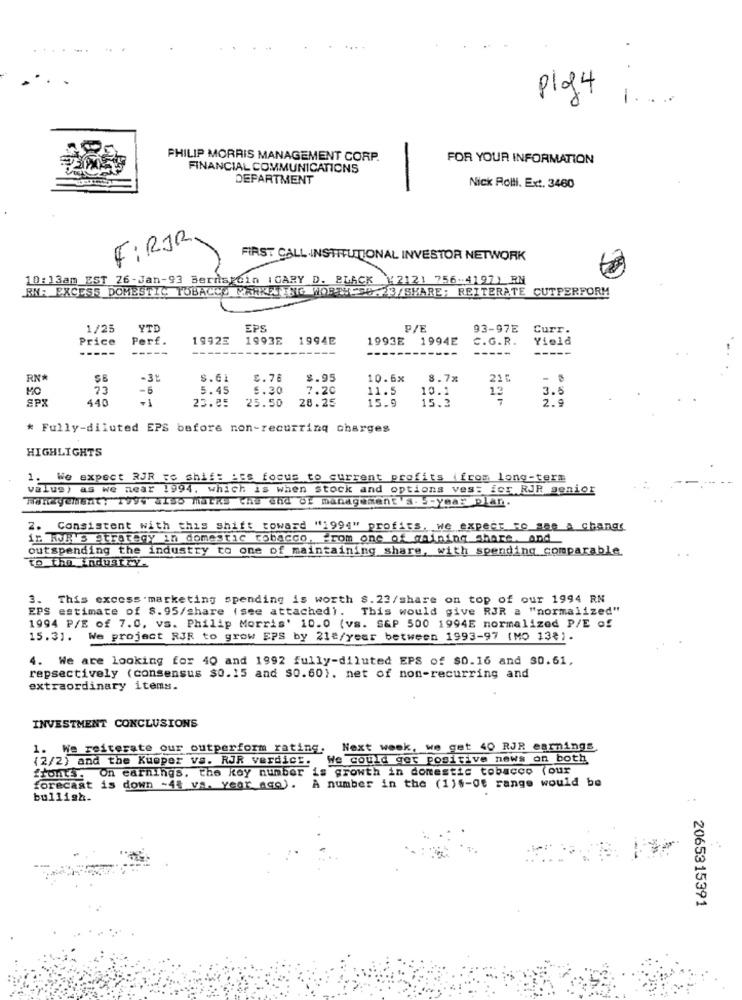
pig4
-
PHILIP MORRIS MANAGEMENT CORP.
FOR YOUR INFORMATION
FINANCIAL COMMUNICATIONS
DEPARTMENT
Nick Rolll. Ext. 3460
FiRJR.
FIRST CALL INSTITUTIONAL INVESTOR NETWORK
10:13am EST 26-Jan-93 Bernardin IGARY D. BLACK ¥2121 756-4197) RM
RN: EXCESS DOMESTIC TOBACCO MARKETING WORTH-90-23/SHARE; REITERATE CUTPERFORM
1/25
YTE
EPS
P/E
93-97E
Curr.
Price
Perf.
19923
1993E
1994E
1993E 1994E
C.G.R.
Yield
-----
-----
RN*
SB
-31
S.61
£.76
$.95
10.6x
8.7%
216
-
MO
73
-6
5.45
5.30
7.20
11.5
10.1
3.6
SPX
440
-1
23.85
25.50
20.25
15.9
15.3
13
2.9
* Fully-diluted EPS before non-recurring charges
HIGHLIGHTS
1. We expect RJR To shift its focus to current profits (from long-term
value) as we near 1994, which is when stock and options vest icr RJR senior
HonzyeManty ToVY also Matka Che end Of management s .- year plan.
2. Consistent with this shift toward "1994" profits, we expect to see a changs
in KUR'S Strategy in domestic tobacco, from one of maining share. and
outspending the industry to one of maintaining share, with spending comparable.
to The industry.
3. This excess . marketing spending is worth $. 22/share on top of our 1994 RN
EPS estimate of $. 95/share ( see attached). This would give RJR a "normalized"
1994 P/E of 7.0, vs. Philip Morris' 10.0 (vs. S&P 500 1994E normalized P/E of
15.31.
We project RJR to grow EPS by 21e/year between 1993-97 (MO 138).
4. We are looking for 40 and 1992 fully-diluted EPS of $0.16 and 30.61,
repsectively (consensus $0.15 and $0.60). net of non-recurring and
extraordinary items.
INVESTMENT CONCLUSIONS
1. We reiterate our outperform rating.
Next week, we get 40 RJR earnings
(2/2) and the Kueper vs. RJR verdict. We could get positive news on both
fronts. On earnings. the koy number is growth in domestic tobacco (our
forecast is down -48 vs. year ago). A number in the (1)6-Of range would be
bullish.
2065315391